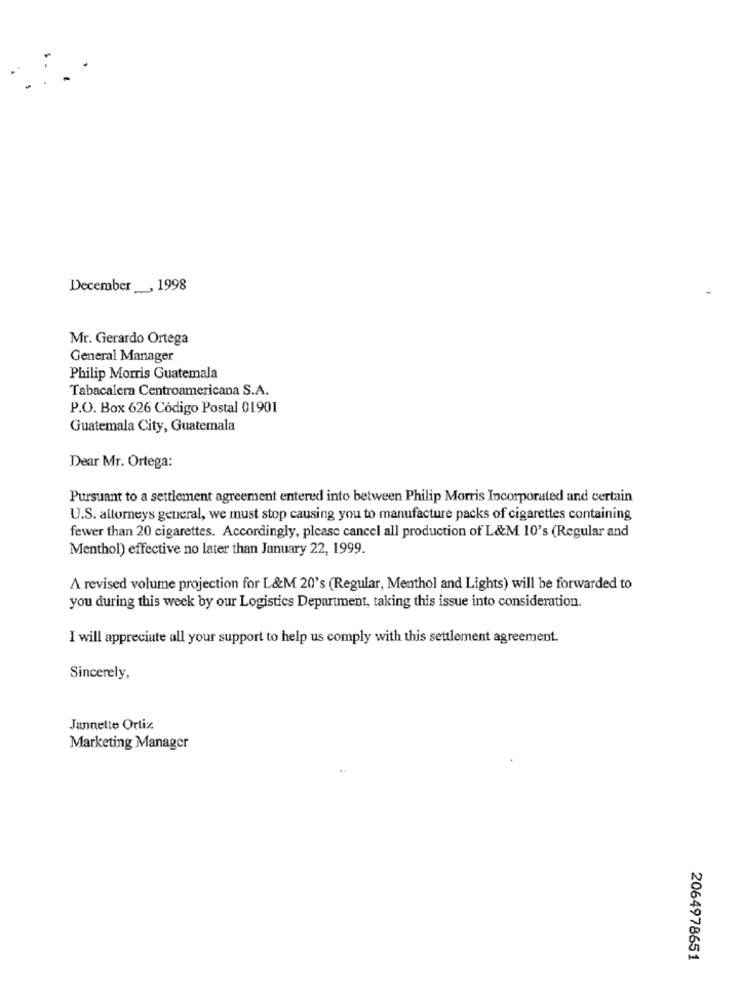
December _, 1998
Mr. Gerardo Ortega
General Manager
Philip Morris Guatemala
Tabacalera Centroamericana S.A.
P.O. Box 626 Código Postal 01901
Guatemala City, Guatemala
Dear Mr. Ortega:
Pursuant to a settlement agreement entered into between Philip Morris Incorporated and certain
U.S. attorneys general, we must stop causing you to manufacture packs of cigarettes containing
fewer than 20 cigarettes. Accordingly, please cancel all production of L&M 10's (Regular and
Menthol) effective no later than January 22, 1999.
A revised volume projection for L&M 20's (Regular, Menthol and Lights) will be forwarded to
you during this week by our Logistics Department, taking this issue into consideration.
I will appreciate all your support to help us comply with this settlement agreement.
Sincerely,
Jannette Ortiz
Marketing Manager
2064978651